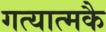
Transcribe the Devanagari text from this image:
गत्यात्मकै